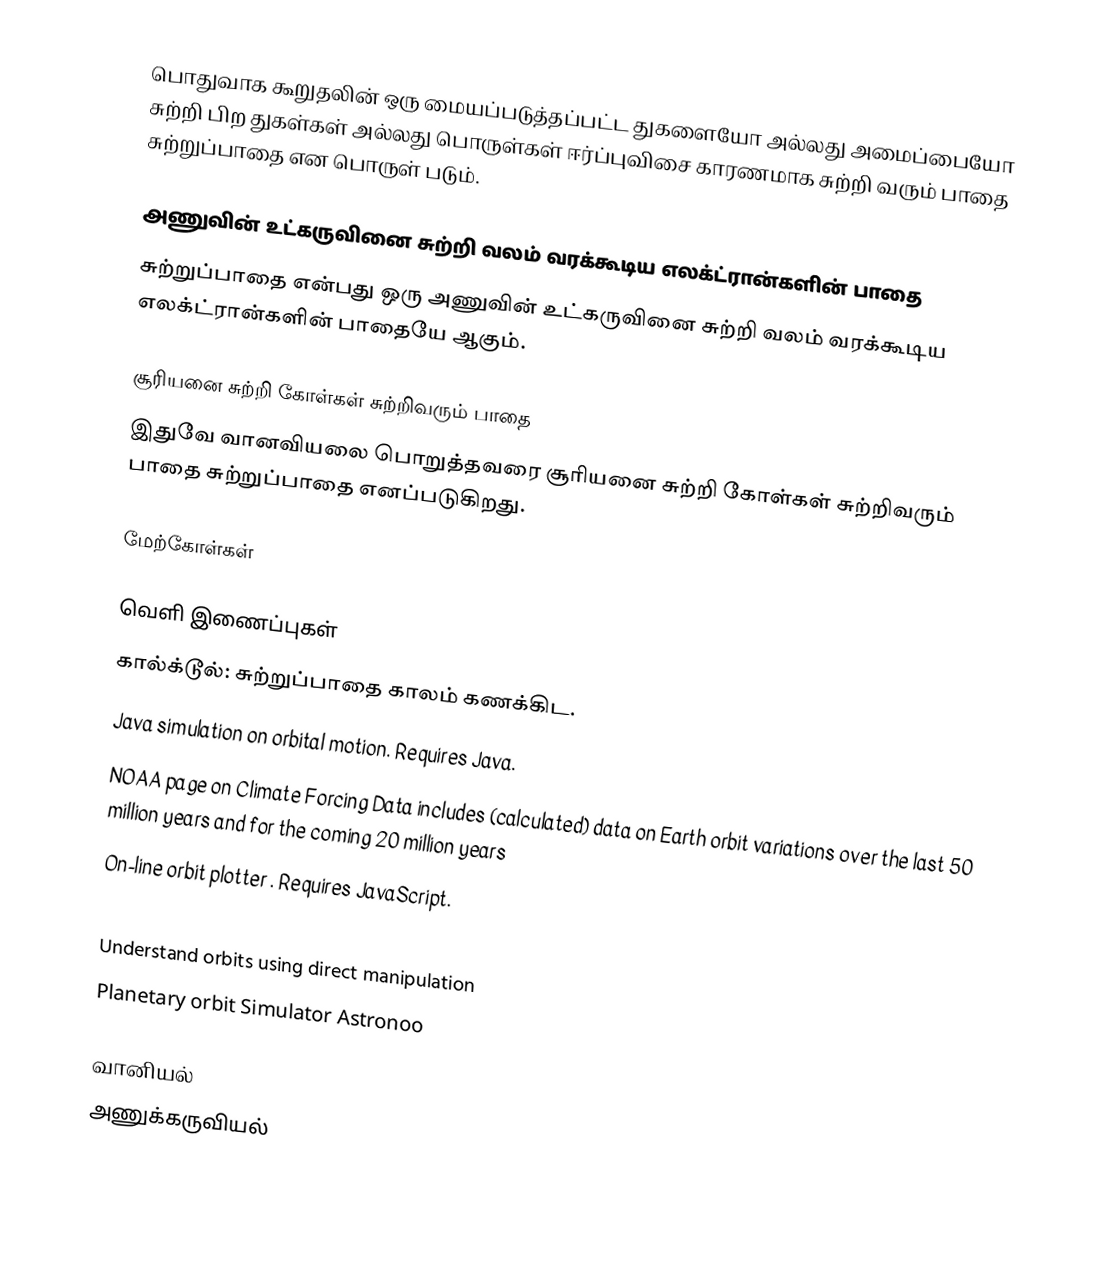
பொதுவாக கூறுதலின் ஒரு மையப்படுத்தப்பட்ட துகளையோ அல்லது அமைப்பையோ சுற்றி பிற துகள்கள் அல்லது பொருள்கள் ஈர்ப்புவிசை காரணமாக சுற்றி வரும் பாதை சுற்றுப்பாதை என பொருள் படும்.

அணுவின் உட்கருவினை சுற்றி வலம் வரக்கூடிய எலக்ட்ரான்களின் பாதை
சுற்றுப்பாதை என்பது ஒரு அணுவின் உட்கருவினை சுற்றி வலம் வரக்கூடிய எலக்ட்ரான்களின் பாதையே ஆகும்.

சூரியனை சுற்றி கோள்கள் சுற்றிவரும் பாதை
இதுவே வானவியலை பொறுத்தவரை சூரியனை சுற்றி கோள்கள் சுற்றிவரும் பாதை சுற்றுப்பாதை எனப்படுகிறது.

மேற்கோள்கள்

வெளி இணைப்புகள்
 கால்க்டூல்: சுற்றுப்பாதை காலம் கணக்கிட.
 Java simulation on orbital motion. Requires Java.
 NOAA page on Climate Forcing Data includes (calculated) data on Earth orbit variations over the last 50 million years and for the coming 20 million years
 On-line orbit plotter . Requires JavaScript.
 Orbital Mechanics (Rocket and Space Technology)
 Understand orbits using direct manipulation
 Planetary orbit Simulator Astronoo

வானியல்
அணுக்கருவியல்